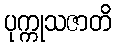
ပုက္ကုသဇာတိ